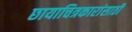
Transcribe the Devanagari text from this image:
छायाचित्रकारांसाठी